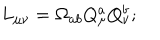
LaTeX: L _ { \mu \nu } = \Omega _ { a b } Q _ { \mu } ^ { a } Q _ { \nu } ^ { b } ;